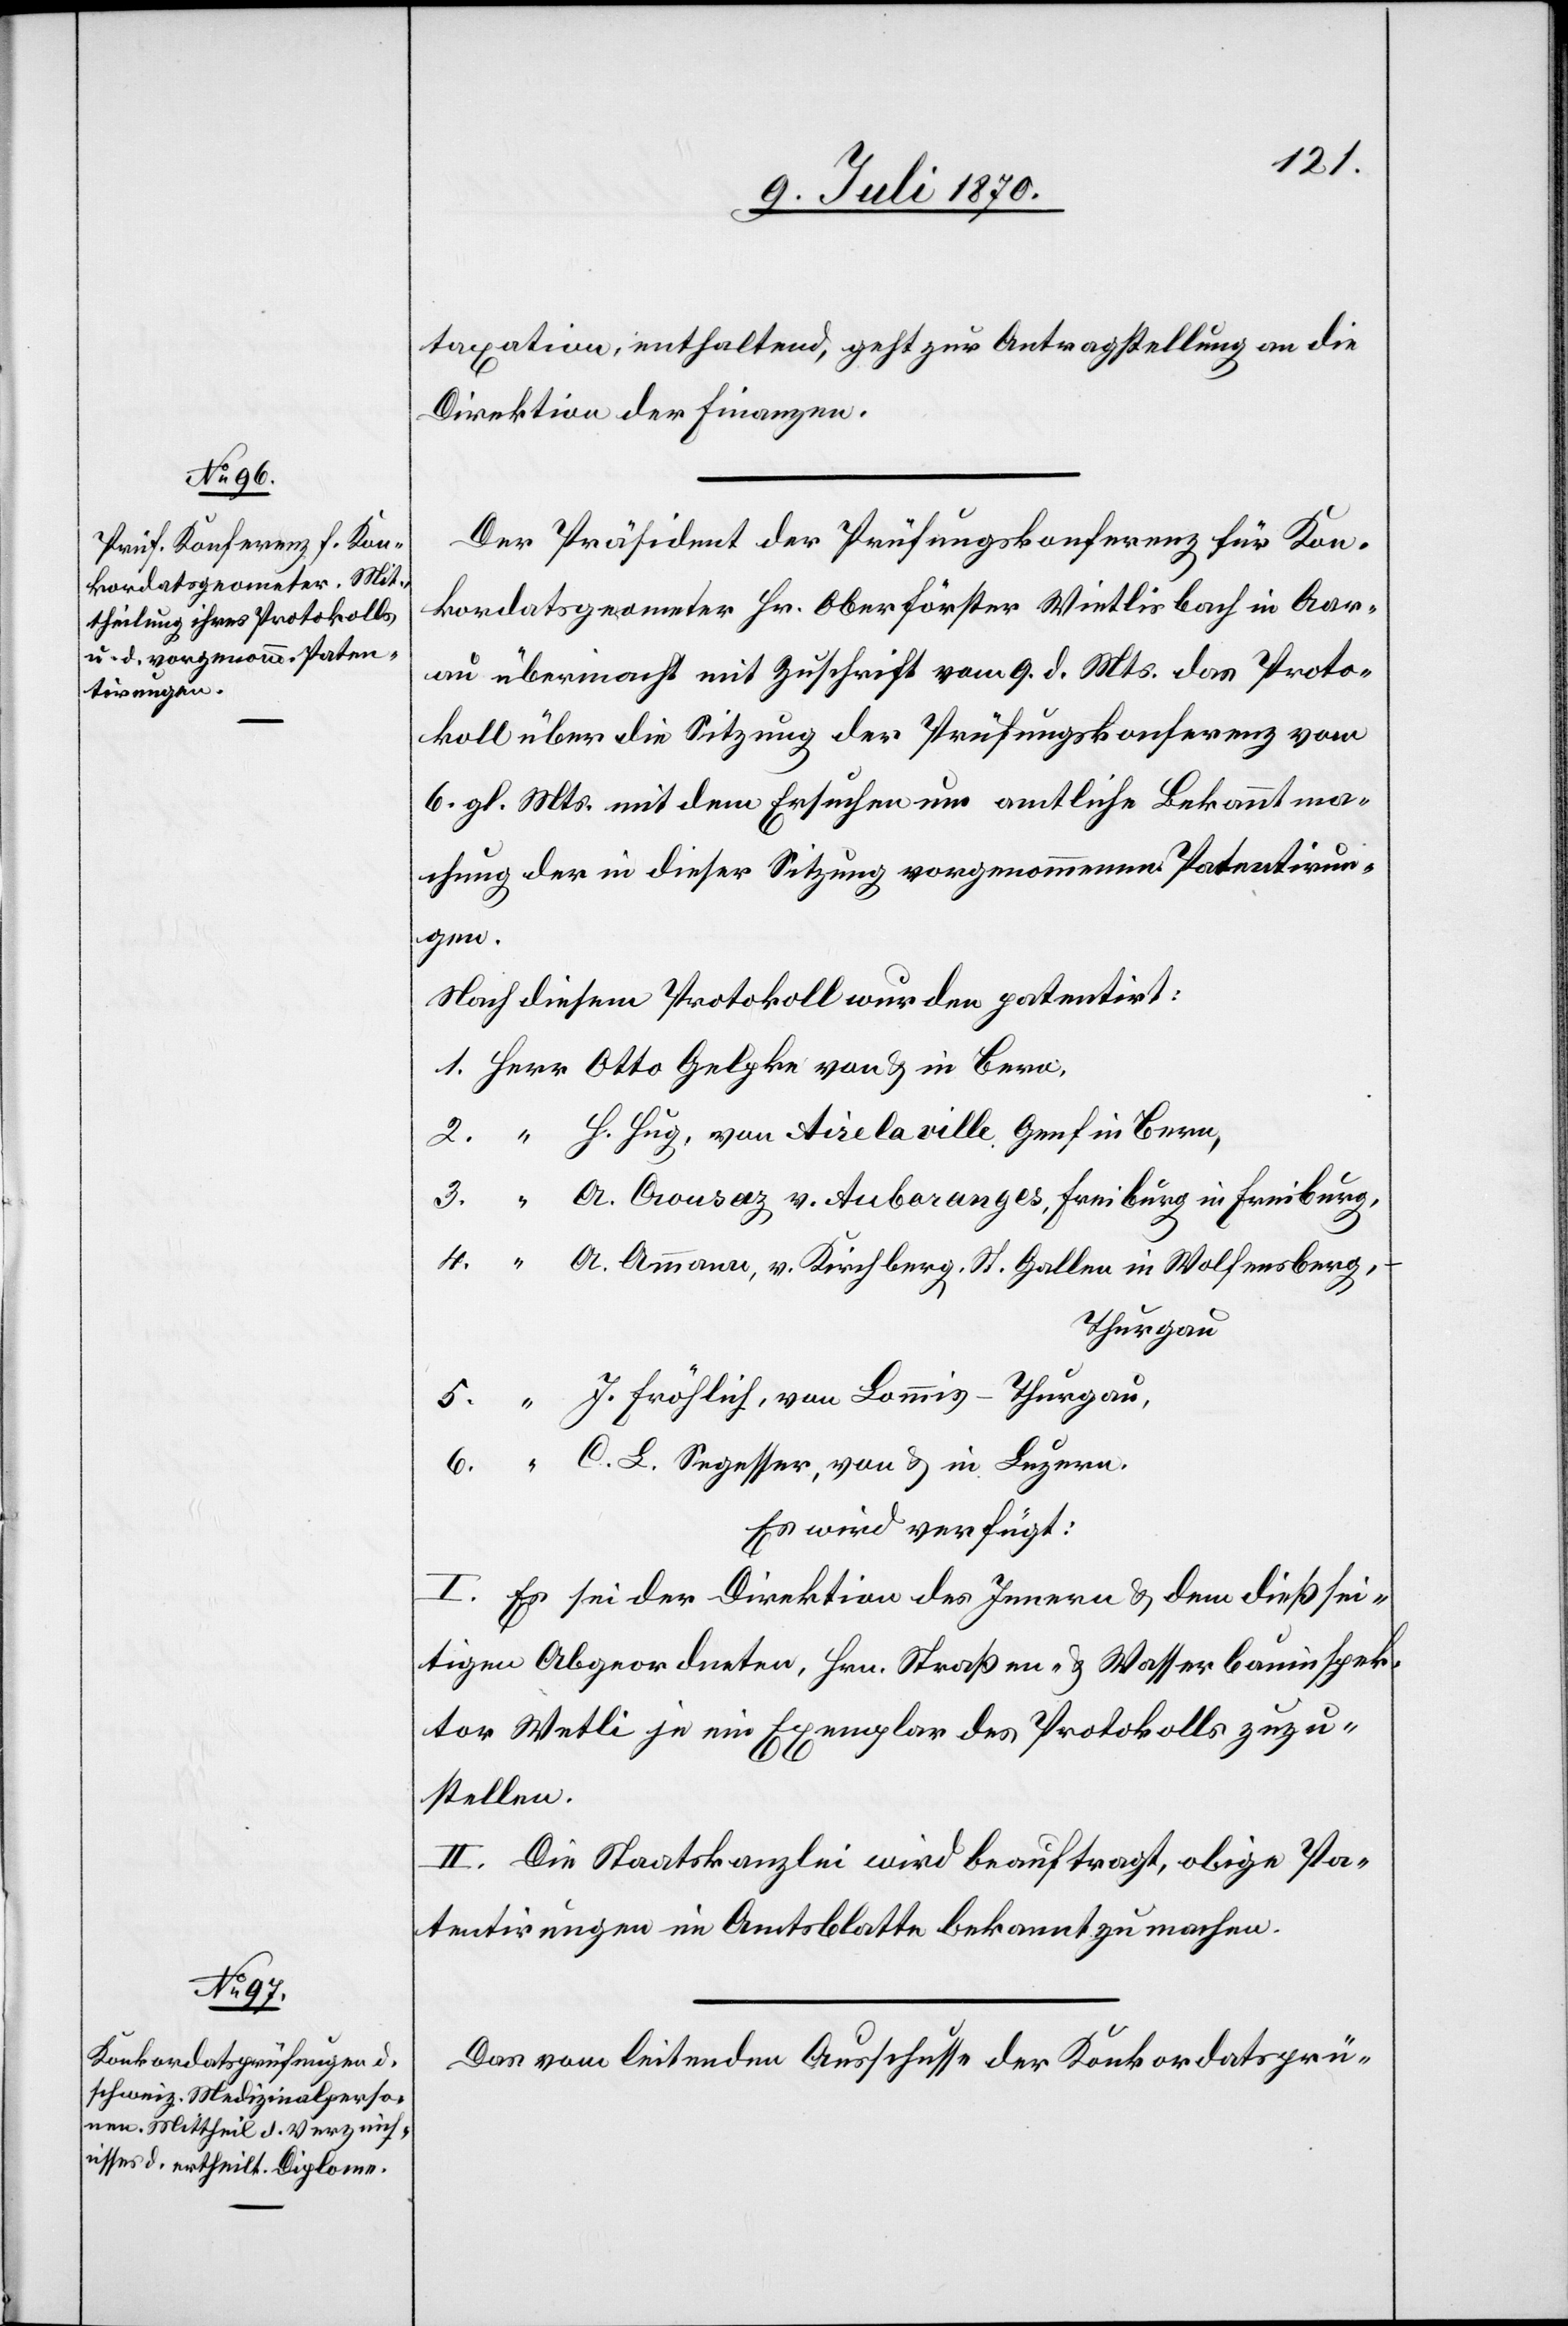
11. Juli 1870.]
taxation, enthaltend, geht zur Antragstellung an die
Direktion der Finanzen.
Der Präsident der Prüfungskonferenz für Kon¬
kordatsgeometer Hr. Oberförster Wietlisbach in Aar¬
au übermacht mit Zuschrift vom 9. d. Mts. das Proto¬
koll über die Sitzung der Prüfungskonferenz vom
6. gl. Mts. mit dem Ersuchen um amtliche Bekanntma¬
chung der in dieser Sitzung vorgenommenen Patentirun¬
Bern,
Nach diesem Protokoll wurden patentirt:
H. Hug, von Aire la ville, Genf in Bern,
A. Crousaz v. Auboranges, Freiburg in Freiburg,
A. Ammann, v. Kirchberg, St. Gallen in Wolfensberg,
Thurgau
J. Fröhlich, von Lommis - Thurgau,
C. L. Segesser, von & in Luzern.
Es wird verfügt:
I. Es sei der Direktion des Innern & dem dießsei¬
tigen Abgeordneten, Hrn. Straßen- & Wasserbauinspek¬
tor Wetli je ein Exemplar des Protokolls zuzu¬
stellen.
II. Die Staatskanzlei wird beauftragt, obige Pa¬
tentirungen im Amtsblatte bekannt zu machen.
Das vom leitenden Ausschusse der Konkordatsprü-